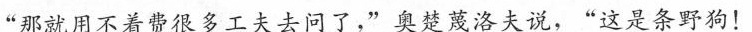
“那就用不着费很多工夫去问了,”奥楚蔑洛夫说，“这是条野狗!